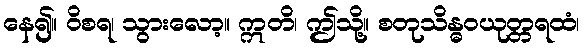
နေ၍။ ဝိစရ၊ သွားလော့။ ဣတိ၊ ဤသို့။ စတုသိန္ဓဝယုတ္တရထံ၊